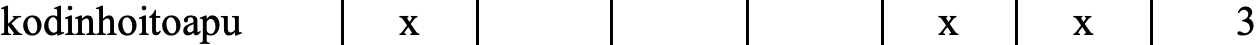
kodinhoitoapu x                x    x    3